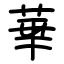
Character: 華